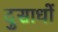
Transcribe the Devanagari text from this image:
दुसाधों